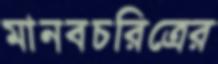
মানবচরিত্রের